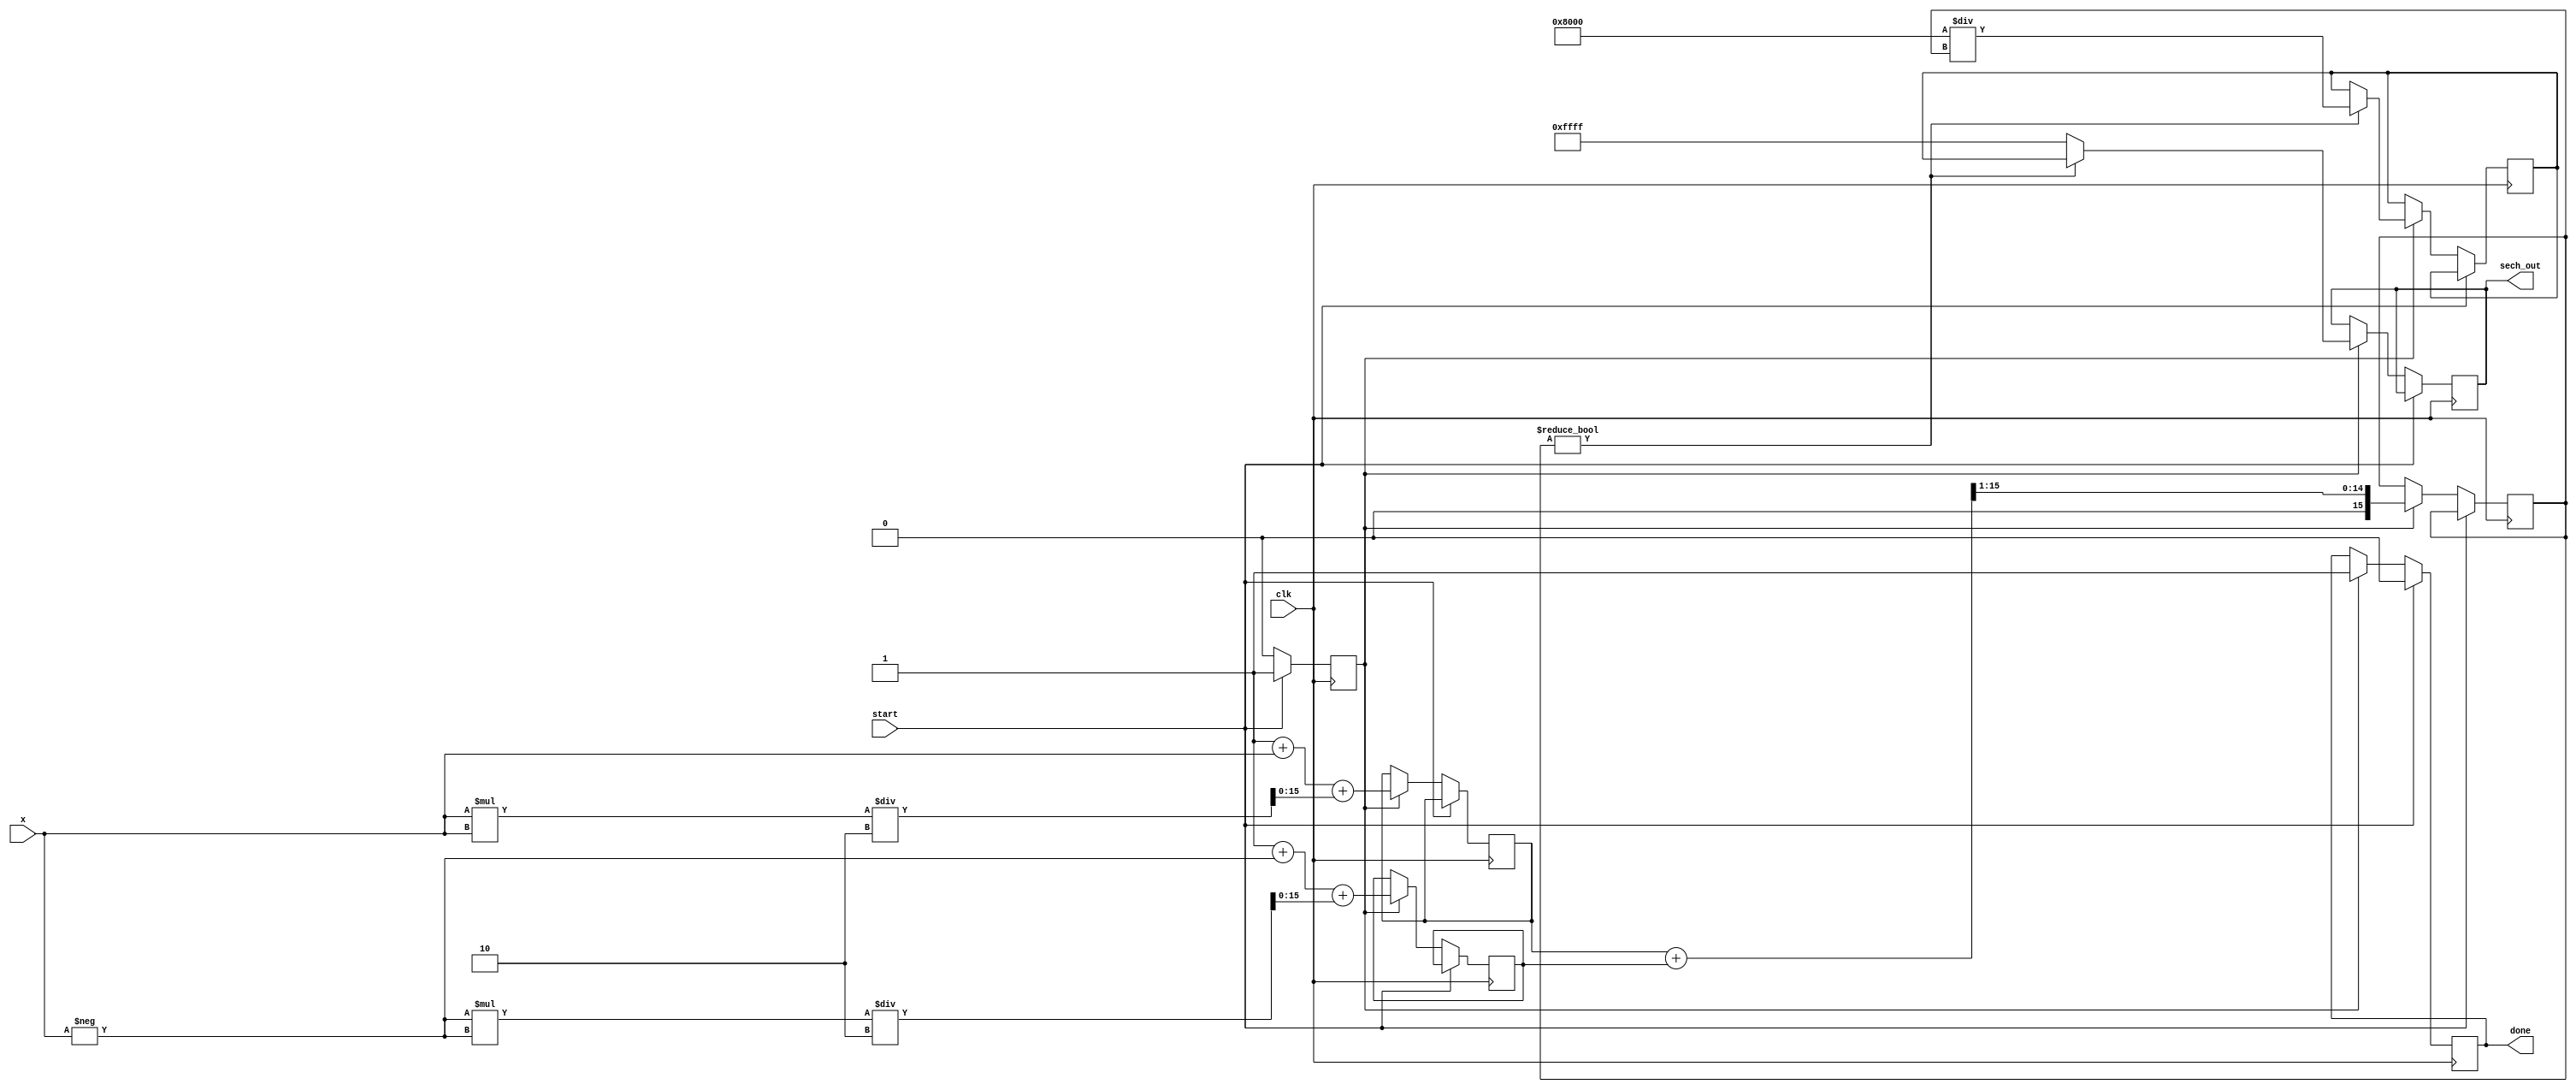
module hyperbolic_secant(
    input wire [15:0] x,         // Input x (16-bit fixed-point)
    output reg [15:0] sech_out,  // Output sech(x) (16-bit fixed-point)
    input wire clk,
    input wire start,
    output reg done
);

// Internal signals
reg [15:0] exp_x;      // e^x
reg [15:0] exp_neg_x;  // e^(-x)
reg [15:0] cosh_x;     // cosh(x)
reg [15:0] reciprocal;  // 1/cosh(x)
reg state;

// Parameters
parameter IDLE = 1'b0;
parameter CALCULATE = 1'b1;

// Simplified exponential function (could use more precise methods)
function [15:0] exp_approx;
    input [15:0] val;
    begin
        // Placeholder: a simplistic approximation for e^x (for educational purposes)
        exp_approx = (1 + val + (val * val) / 2); // Simple Taylor expansion (limited precision)
    end
endfunction

// Main logic to calculate sech(x)
always @(posedge clk) begin
    if (start) begin
        state <= CALCULATE;
        done <= 0;
    end else if (state == CALCULATE) begin
        // Calculate e^x and e^(-x)
        exp_x <= exp_approx(x);
        exp_neg_x <= exp_approx(-x); // Negative input for e^(-x)

        // Calculate cosh(x)
        cosh_x <= (exp_x + exp_neg_x) >> 1; // Divide by 2 (simulating fixed-point division)

        // Check for zero to prevent division by zero
        if (cosh_x != 0) begin
            reciprocal <= (16'h8000 / cosh_x); // Integer division by cosh_x
            sech_out <= reciprocal;            // Output sech(x)
        end else begin
            sech_out <= 16'hFFFF;              // Return maximum value to indicate overflow
        end

        // Signal that the operation is complete
        done <= 1;
        state <= IDLE;
    end
end

endmodule